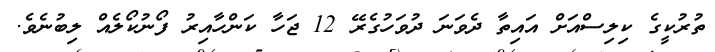
ތުރުކީގެ ކިލިސްއަށް އައިތާ ދެވަނަ ދުވަހުގެރޭ 12 ޖަހާ ކަންހާއިރު ފޯނުކޯލެއް ލިބުނެވެ.